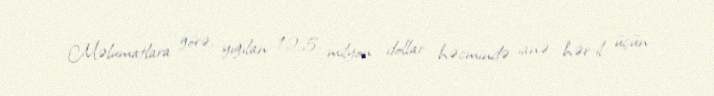
Məlumatlara görə, yığılan 12.5 milyon dollar həcmində ianə hər il üçün